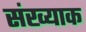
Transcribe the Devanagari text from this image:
संख्याक